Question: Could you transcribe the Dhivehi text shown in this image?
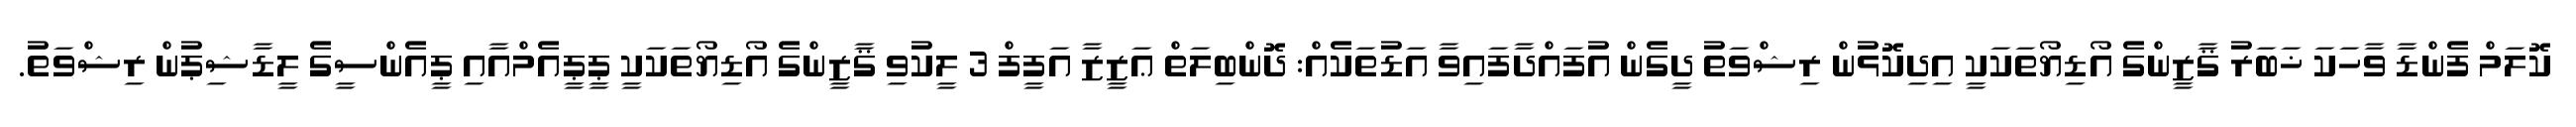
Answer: ކޮލަމް ފެންޑާ ވާހަކަ ޚަބަރު ޤާޒީންގެ އޯޑިޔޯތަކަކީ އިދިކޮޅުން ރިޝްވަތު ދީގެން އުފައްދާފައިވާ އަޑުތަކެއް: ދޮންބިލަތް ޢަޒީޒާ އަފީފް 3 ލީކުވި ޤާޒީންގެ އޯޑިޔޯތަކަކީ ޕީޕީއެމްއާއި ޕީއެންސީގެ ލީޑާޝިޕުން ރިޝްވަތު.